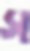
স